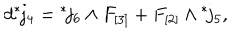
d { } ^ { * } \! j _ { 4 } = { } ^ { * } \! j _ { 6 } \wedge F _ { [ 3 ] } + F _ { [ 2 ] } \wedge { } ^ { * } \! j _ { 5 } ,